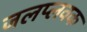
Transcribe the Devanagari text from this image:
जलप्लवक